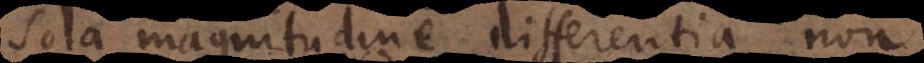
sola magnitudine differentia non